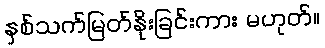
နှစ်သက်မြတ်နိုးခြင်းကား မဟုတ်။